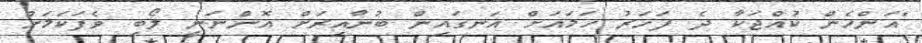
"އަންހެން ކުއްޖަކާ ދެ ފަހަރު ހަމައަށް އަނގައިން ބުނާއިރަށް އޮންނަނީ ލޯބި ވެފަކަމަށް